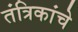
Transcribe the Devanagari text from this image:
तंत्रिकांचे